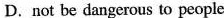
D. not be dangerous to people